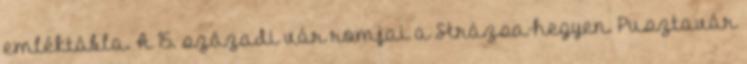
emléktábla. A 15. századi vár romjai a Strázsa-hegyen. Pusztavár